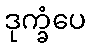
ဒုက္ခံပေ